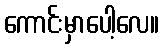
ကောင်းမှာပေါ့လေ။